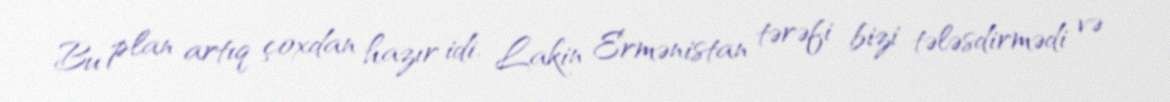
Bu plan artıq çoxdan hazır idi. Lakin Ermənistan tərəfi bizi tələsdirmədi və